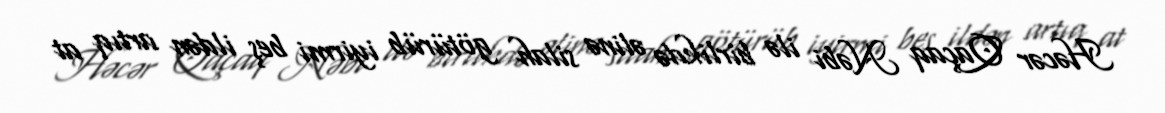
Həcər Qaçaq Nəbi ilə birlikdə əlinə silah götürüb iyirmi beş ildən artıq at